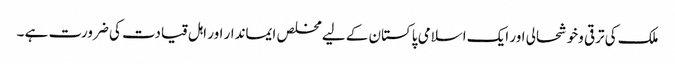
ملک کی ترقی وخوشحالی اور ایک اسلامی پاکستان کے لیے مخلص ایماندار اور اہل قیادت کی ضرورت ہے ۔